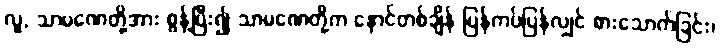
လူ, သာမဏေတို့အား စွန့်ပြီး၍ သာမဏေတို့က နောင်တစ်ချိန် ပြန်ကပ်ပြန်လျှင် စားသောက်ခြင်း၊